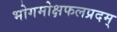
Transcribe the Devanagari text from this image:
भोगमोक्षफलप्रदम्